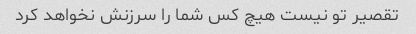
تقصیر تو نیست هیچ کس شما را سرزنش نخواهد کرد